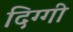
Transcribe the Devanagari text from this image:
दिग्गी